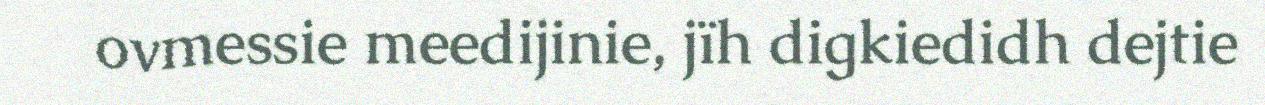
ovmessie meedijinie, jïh digkiedidh dejtie